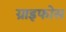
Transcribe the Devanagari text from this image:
ग्राइफोस